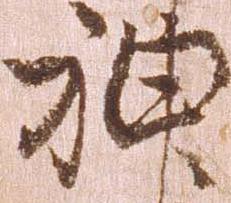
神